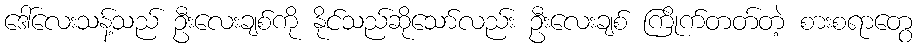
ဒေါ်လေးသန့်သည် ဦးလေးချစ်ကို နိုင်သည်ဆိုသော်လည်း ဦးလေးချစ် ကြိုက်တတ်တဲ့ စားစရာတွေ